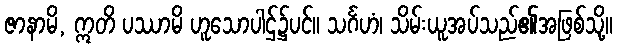
ဇာနာမိ, ဣတိ ပဿာမိ ဟူသောပါဌ်၌ပင်။ သင်္ဂဟံ၊ သိမ်းယူအပ်သည်၏အဖြစ်သို့။